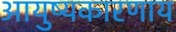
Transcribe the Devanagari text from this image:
आयुष्यकारणाय